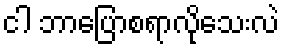
ငါ ဘာပြောစရာလိုသေးလဲ